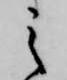
之